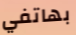
بهاتفي